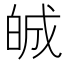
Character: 𤽷